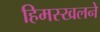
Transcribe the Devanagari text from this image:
हिमस्खलने